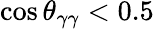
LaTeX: \cos\theta_{\gamma\gamma}<0.5